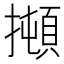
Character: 𰔫